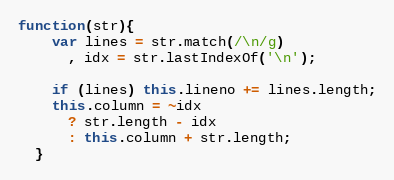
Language: JavaScript
function(str){
    var lines = str.match(/\n/g)
      , idx = str.lastIndexOf('\n');

    if (lines) this.lineno += lines.length;
    this.column = ~idx
      ? str.length - idx
      : this.column + str.length;
  }